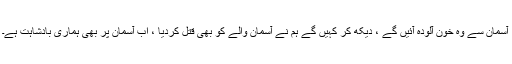
آسمان سے وہ خون آلودہ آئیں گے ، دیکھ کر کہیں گے ہم نے آسمان والے کو بھی قتل کردیا ، اب آسمان پر بھی ہماری بادشاہت ہے۔